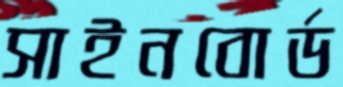
সাইনবোর্ড